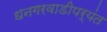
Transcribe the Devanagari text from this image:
धनगरवाडीपर्यंत